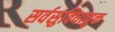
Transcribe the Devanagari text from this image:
सर्वसुविधायुक्त